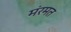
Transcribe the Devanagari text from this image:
मंरमत